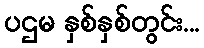
ပဌမ နှစ်နှစ်တွင်း...